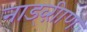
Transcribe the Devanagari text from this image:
नाड्व्ऱीाण